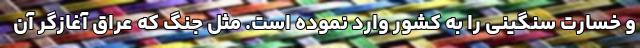
و خسارت سنگینی را به کشور وارد نموده است. مثل جنگ که عراق آغازگر آن